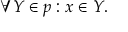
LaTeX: \forall Y \in p : x \in Y .